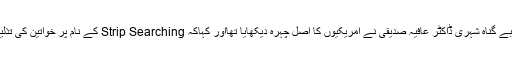
امریکن عدالت میں پاکستانی بے گناہ شہری ڈاکٹر عافیہ صدیقی نے امریکیوں کا اصل چہرہ دیکھایا تھااور کہاکہ Strip Searching کے نام پر خواتین کی تذلیل اور تشدد عام سی بات ہے۔